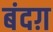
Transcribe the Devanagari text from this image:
बंदग़